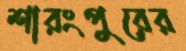
শারংপুরের